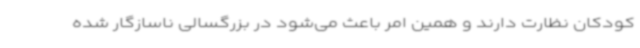
کودکان نظارت دارند و همین امر باعث می‌شود در بزرگسالی ناسازگار شده